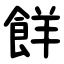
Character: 䬺